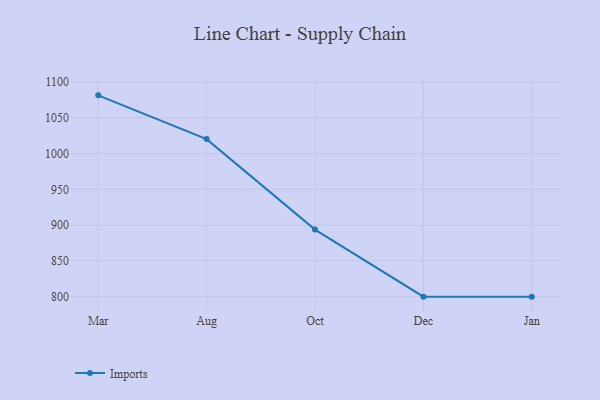
{"axis": {"x": "Month", "y": "Demand Index"}, "legend": ["Imports"], "data": [{"x": "Mar", "y": 1081.5, "type": "Imports"}, {"x": "Aug", "y": 1020.3, "type": "Imports"}, {"x": "Oct", "y": 893.8, "type": "Imports"}, {"x": "Dec", "y": 800, "type": "Imports"}, {"x": "Jan", "y": 800, "type": "Imports"}]}